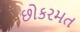
છોકરમત